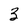
Character: 3